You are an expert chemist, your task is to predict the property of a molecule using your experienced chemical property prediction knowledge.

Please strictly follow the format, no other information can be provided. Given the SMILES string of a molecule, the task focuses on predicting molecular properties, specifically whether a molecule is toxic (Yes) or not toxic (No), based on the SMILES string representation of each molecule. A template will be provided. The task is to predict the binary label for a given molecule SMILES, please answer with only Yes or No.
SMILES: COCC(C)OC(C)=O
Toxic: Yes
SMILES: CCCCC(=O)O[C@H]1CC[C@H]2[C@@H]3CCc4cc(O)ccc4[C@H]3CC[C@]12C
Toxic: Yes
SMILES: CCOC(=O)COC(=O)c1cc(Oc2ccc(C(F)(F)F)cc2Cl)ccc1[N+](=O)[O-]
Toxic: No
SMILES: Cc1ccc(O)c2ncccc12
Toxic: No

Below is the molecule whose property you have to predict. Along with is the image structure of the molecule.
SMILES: Cc1c(O)cccc1C(=O)N[C@@H](CSc1ccccc1)[C@H](O)CN1C[C@H]2CCCC[C@H]2C[C@H]1C(=O)NC(C)(C)C
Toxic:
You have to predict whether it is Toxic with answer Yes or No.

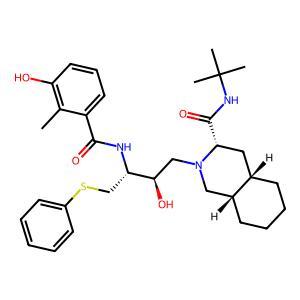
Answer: No